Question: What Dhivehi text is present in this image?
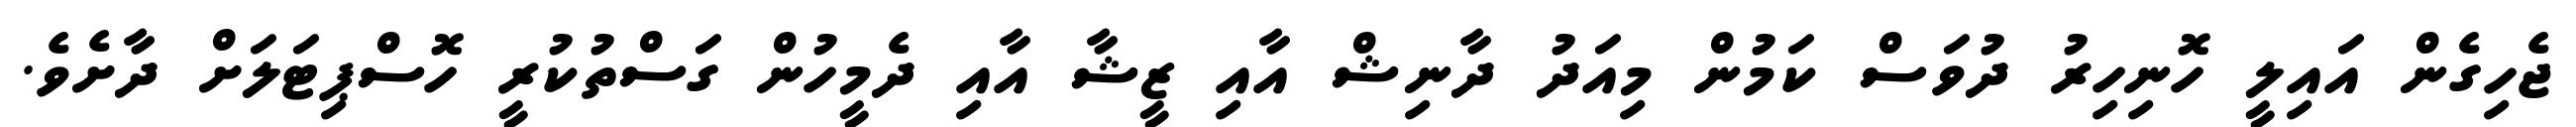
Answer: ޖެހިގެން އައިލީ ހޮނިހިރު ދުވަސް ކަމުން މިއަދު ދާނިޝް އާއި ޒީޝާ އާއި ދެމީހުން ގަސްތުކުރީ ހޮސްޕިޓަލަށް ދާށެވެ.